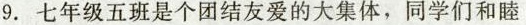
9.七年级五班是个团结友爱的大集体，同学们和睦